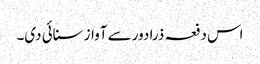
اس دفعہ ذرا دور سے آواز سنائی دی۔